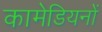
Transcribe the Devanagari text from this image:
कामेडियनों